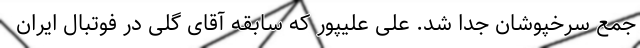
جمع سرخپوشان جدا شد. علی علیپور که سابقه آقای گلی در فوتبال ایران